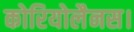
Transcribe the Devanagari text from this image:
कोरियोलैनस।